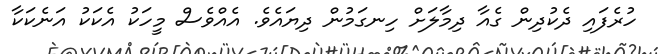
ހުރެފައި ދެކުދިން ގެއާ ދިމާލަށް ހިނގަމުން ދިޔައެވެ. އެއްވެސް މީހަކު އެކަކު އަނެކަކާ